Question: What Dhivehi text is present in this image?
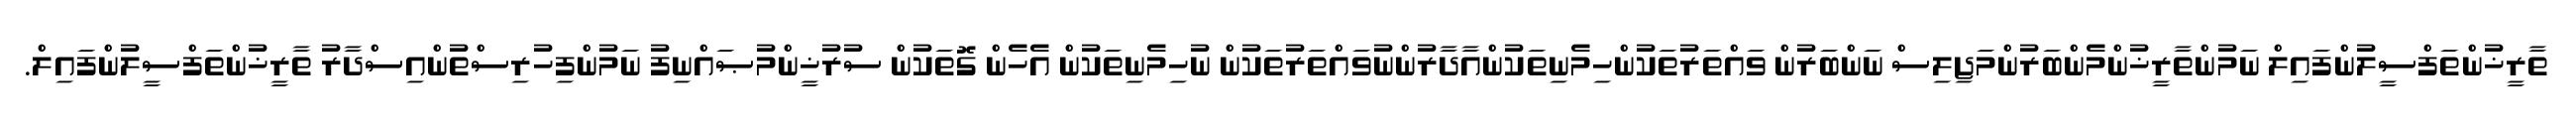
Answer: ތާރީޚުންތަފްސީލުންފައިލް ނަމުންތާރީޚުންމެންބަރުންމަޖިލިސް ނަންބަރުން ވައްތަރުތަކުންހިމެނިތަކުންއާދާރުންނުވައްތަރުތަކުން ނުހިމެނިތަކުން އެހެން ގޮތަކުން ސުރުޚީންމުޞައްނިފު ނަމުންފިހުރިސްތުންއިސްދާރު ތާރީޚުންތަފްސީލުންފައިލް.